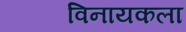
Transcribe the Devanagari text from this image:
विनायकला